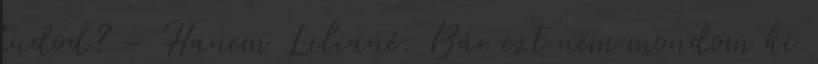
tudod? – Hanem Liliané. Bár ezt nem mondom ki